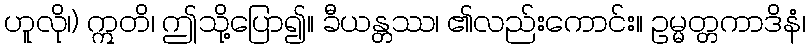
ဟူလို၊) ဣတိ၊ ဤသို့ပြော၍။ ခီယန္တဿ၊ ၏လည်းကောင်း။ ဥမ္မတ္တကာဒိနံ၊